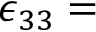
\epsilon _ { 3 3 } =